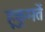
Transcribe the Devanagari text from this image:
हूकूमतें